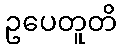
ဥပေတူတိ